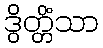
ဒွိတ္တိံသာ